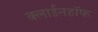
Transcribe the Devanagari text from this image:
क्लाईनहॉफ